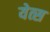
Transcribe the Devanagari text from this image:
येत्स